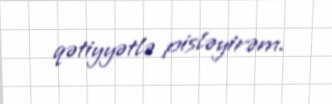
qətiyyətlə pisləyirəm.